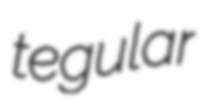
tegular